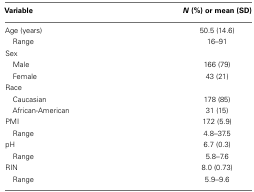
<table><thead><tr><td><b>Variable</b></td><td><b><i>N</i> (%) or mean (SD)</b></td></tr></thead><tbody><tr><td>Age (years)</td><td>50.5 (14.6)</td></tr><tr><td> Range</td><td>16–91</td></tr><tr><td>Sex</td></tr><tr><td> Male</td><td>166 (79)</td></tr><tr><td> Female</td><td>43 (21)</td></tr><tr><td>Race</td></tr><tr><td> Caucasian</td><td>178 (85)</td></tr><tr><td> African-American</td><td>31 (15)</td></tr><tr><td>PMI</td><td>17.2 (5.9)</td></tr><tr><td> Range</td><td>4.8–37.5</td></tr><tr><td>pH</td><td>6.7 (0.3)</td></tr><tr><td> Range</td><td>5.8–7.6</td></tr><tr><td>RIN</td><td>8.0 (0.73)</td></tr><tr><td> Range</td><td>5.9–9.6</td></tr></tbody></table>